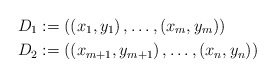
\begin{align*}D_1 & := \left( \left( x_1, y_1 \right), \ldots, \left( x_m, y_m \right) \right) \\D_2 & := \left( \left( x_{m+1}, y_{m+1} \right), \ldots, \left( x_n, y_n \right) \right)\end{align*}